Rangoon Lunatic Asylum 1878-1892 - 1878-1892
Year: 1878
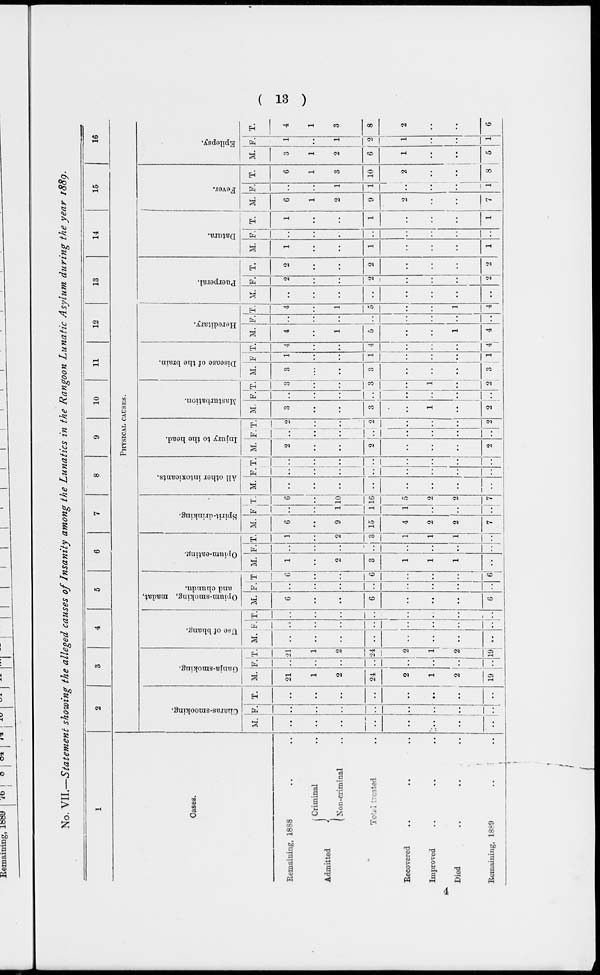
( 13 )
No. VII.—Statement showing the alleged causes of Insanity among the Lunatics in the Rangoon Lunatic Asylum during the year 1889.
1
Cases.
Remaining, 1888 .. ..
Admitted
Criminal ..
Non-criminal ..
Total treated ..
Recovered .. .. ..
Improved .. .. ..
Died .. .. ..
Remaining, 1889 .. ..
2
3
4
5
6
7
8
9
10
11
12
13
14
15
16
PHYSICAL CAUSES.
Charas- smooking.
M.
..
..
..
..
..
..
..
..
F.
..
..
..
..
..
..
..
..
T.
..
..
..
..
..
..
..
..
Ganja-smoking.
M.
21
1
2
24
2
1
2
19
F.
..
..
..
..
..
..
..
..
T.
21
1
2
24
2
1
2
19
Use of bhang.
M.
..
..
..
..
..
..
..
..
F.
..
..
..
..
..
..
..
..
T.
..
..
..
..
..
..
..
..
Opium-smoking, madat,
and chundu.
M.
6
..
..
6
..
..
..
6
F.
..
..
..
..
..
..
..
..
T.
6
..
..
6
..
..
..
6
Opium-eating.
M.
1
..
2
3
1
1
1
..
F.
..
..
..
..
..
..
..
..
T.
1
..
2
3
1
1
1
..
Spirit-drinking.
M.
6
..
9
15
4
2
2
7
F.
..
..
1
1
1
..
..
..
T.
6
..
10
16
5
2
2
7
All other intoxicants.
M.
..
..
..
..
..
..
..
..
F.
..
..
..
..
..
..
..
..
T.
..
..
..
..
..
..
..
..
Injury to the head.
M.
2
..
..
2
..
..
..
2
F.
..
..
..
..
..
..
..
..
T.
2
..
..
2
..
..
..
2
Masturbation.
M.
3
..
..
3
..
1
..
2
F.
..
..
..
..
..
..
..
..
T.
3
..
..
3
..
1
..
2
Disease of the brain.
M.
3
..
..
3
..
..
..
3
F.
1
..
..
1
..
..
..
1
T.
4
..
..
4
..
..
..
4
Hereditary.
M.
4
..
1
5
..
..
1
4
F.
..
..
..
..
..
..
..
..
T.
4
..
1
5
..
..
1
4
Puerperal.
M.
..
..
..
..
..
..
..
..
F.
2
..
..
2
..
..
..
2
T.
2
..
..
2
..
..
..
2
Datura.
M.
1
..
..
1
..
..
..
1
F.
..
..
..
..
..
..
..
..
T.
1
..
..
1
..
..
..
1
Fever.
M.
6
1
2
9
2
..
..
7
F.
..
..
1
1
..
..
..
1
T.
6
1
3
10
2
..
..
8
Epilepsy.
M.
3
1
2
6
1
..
..
5
F.
1
..
1
2
1
..
..
1
T.
4
1
3
8
2
..
..
6
4